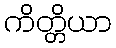
ကိတ္တိယာ